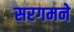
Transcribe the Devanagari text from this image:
सरगमने